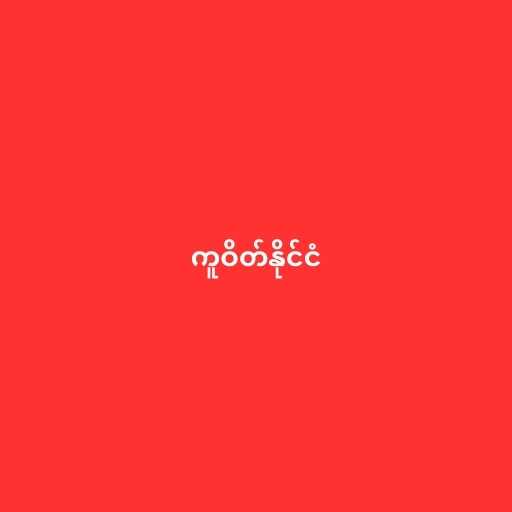
ကူဝိတ်နိုင်ငံ